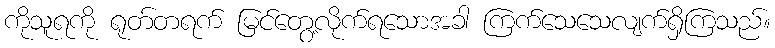
ကိုသူရကို ရုတ်တရက် မြင်တွေ့လိုက်ရသောအခါ ကြက်သေသေလျက်ရှိကြသည်။